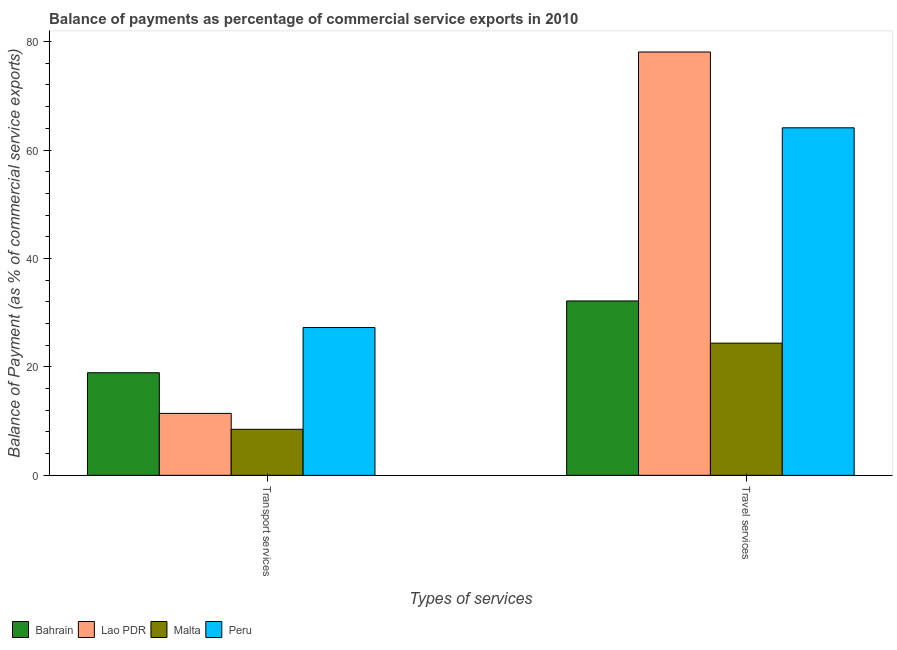
| Types of services | Bahrain | Lao PDR | Malta | Peru |
 | --- | --- | --- | --- | --- |
 | Transport services | 18.9 | 11.4 | 8.49 | 27.3 |
 | Travel services | 32.2 | 78.1 | 24.4 | 64.1 |